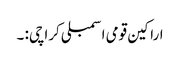
اراکین قومی اسمبلی کراچی: ۔